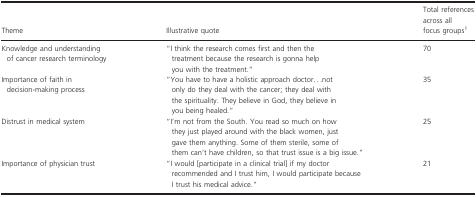
| Theme | Illustrative quote | Total references across all focus groups1 |
 | --- | --- | --- |
 | Knowledge and understanding of cancer research terminology | “I think the research comes first and then the treatment because the research is gonna help you with the treatment.” | 70 |
 | Importance of faith in decision-making process | “You have to have a holistic approach doctor...not only do they deal with the cancer; they deal with the spirituality. They believe in God, they believe in you being healed.” | 35 |
 | Distrust in medical system | “I'm not from the South. You read so much on how they just played around with the black women, just gave them anything. Some of them sterile, some of them can't have children, so that trust issue is a big issue.” | 25 |
 | Importance of physician trust | “I would [participate in a clinical trial] if my doctor recommended and I trust him, I would participate because I trust his medical advice.” | 21 |